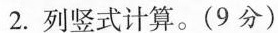
2.列竖式计算。(9分)